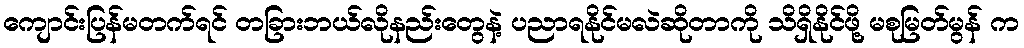
ကျောင်းပြန်မတက်ရင် တခြားဘယ်လိုနည်းတွေနဲ့ ပညာရနိုင်မလဲဆိုတာကို သိရှိနိုင်ဖို့ မစုမြတ်မွန် က